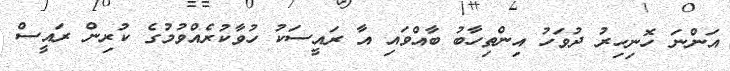
އަންނަ ހޮނިހިރު ދުވަހު އިންތިހާބު ބާއްވައި އާ ރައީސަކު ހުވާކުރެއްވުމުގެ ކުރިން ރައީސް